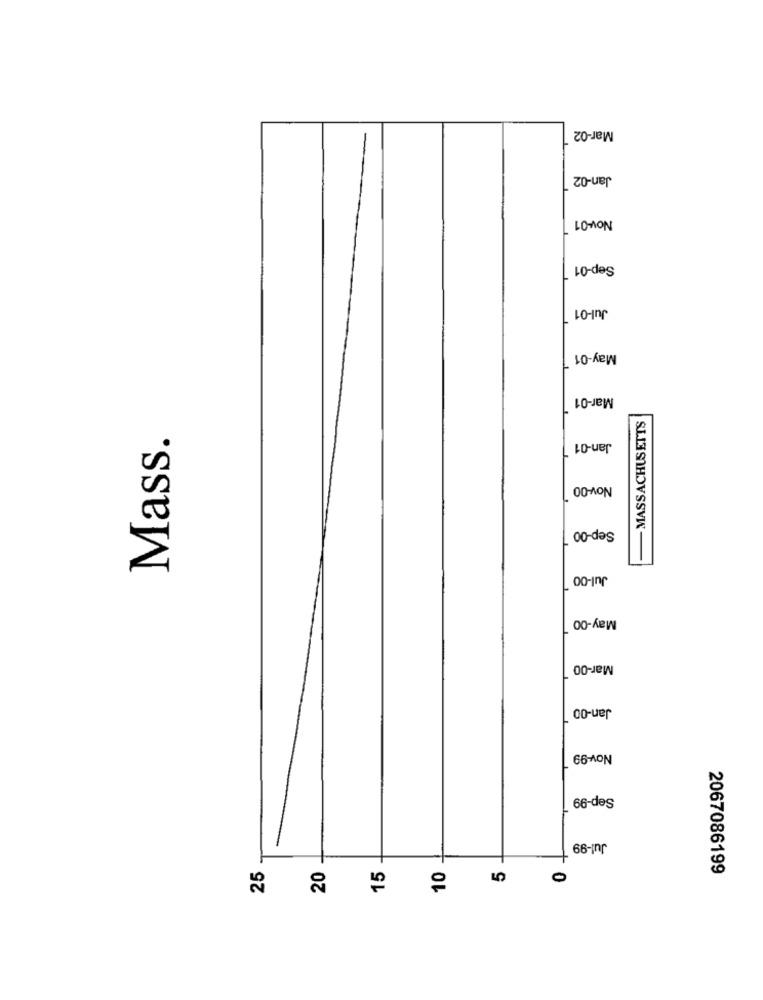
Mar-02
Jan-02
Nov-01
Sep-01
Jul-01
May-01
Mar-01
MASSACHUSETTS
Mass.
Jan-01
Nov-00
Sep-00
Jul-00
May-00
Mar-00
Jan-00
Nov-99
Sep-99
Jul-99
15
25
20
10
0
2067086199